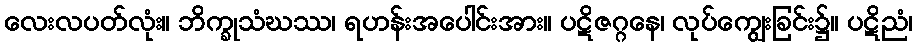
လေးလပတ်လုံး။ ဘိက္ခုသံဃဿ၊ ရဟန်းအပေါင်းအား။ ပဋိဇဂ္ဂနေ၊ လုပ်ကျွေးခြင်း၌။ ပဋိညံ၊